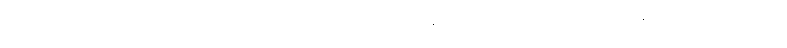
ကျော်ချစ်ကတော့ စွမ်းအားထက် ကျမ်းသစ္စာကျိန်ဆိုခြင်းများကို စိစစ်ရွေးချယ်ရေးအဖွဲ့၏